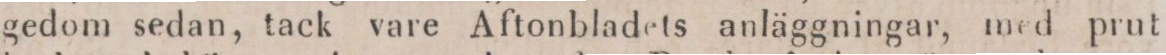
gedom sedan, tack vare Aftonbladets anläggningar, med prut